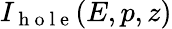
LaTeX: I_{\mathrm{~h~o~l~e~}}(E,p,z)